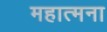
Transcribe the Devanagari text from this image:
महात्मना